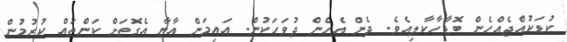
ކުޑަކުއްޖެއްހެން ބޮޑާހާކާލިއެވެ. ދެން އެހެން ދުވަހަކުން. އައިމަން އާޔާ އެގޮތަށް ކަންތައް ކުރުމުން